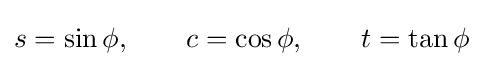
s=\sin \phi ,\qquad c=\cos \phi ,\qquad t=\tan \phi